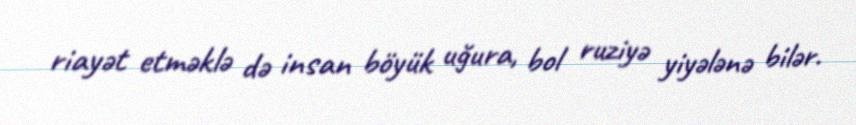
riayət etməklə də insan böyük uğura, bol ruziyə yiyələnə bilər.